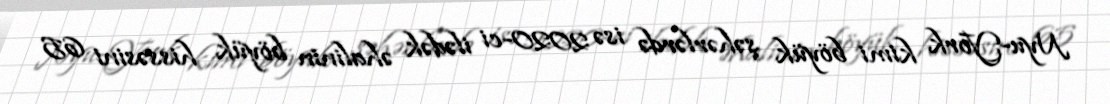
Nyu-York kimi böyük şəhərlərdə isə 2020-ci ilədək əhalinin böyük hissəsini 65